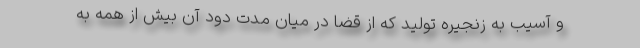
و آسیب به زنجیره تولید که از قضا در میان مدت دود آن بیش از همه به